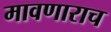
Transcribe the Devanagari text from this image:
मावणाराच